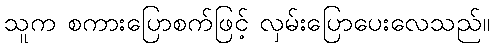
သူက စကားပြောစက်ဖြင့် လှမ်းပြောပေးလေသည်။